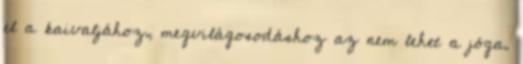
el a kaivaljához, megvilágosodáshoz az nem lehet a jóga.